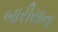
બારીયાના